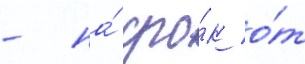
- на́ сро́к о́т